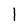
Character: l